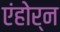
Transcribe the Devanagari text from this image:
एंहोर्न